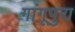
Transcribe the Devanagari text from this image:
गांगूपुरा